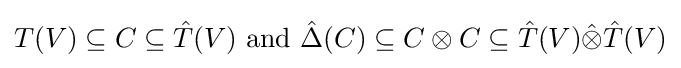
T(V)\subseteq C\subseteq {\hat {T}}(V){\text{ and }}{\hat {\Delta }}(C)\subseteq C\otimes C\subseteq {\hat {T}}(V){\hat {\otimes }}{\hat {T}}(V)